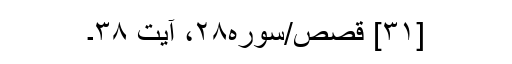
[۳۱] قصص/سوره۲۸، آیت ۳۸۔